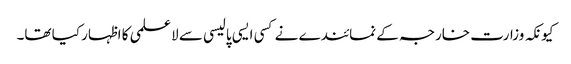
کیونکہ وزارت خارجہ کے نمائندے نے کسی ایسی پالیسی سے لاعلمی کا اظہار کیا تھا۔